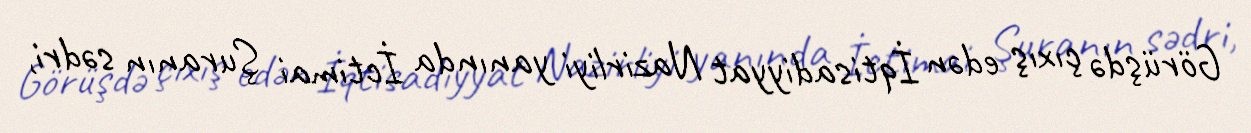
Görüşdə çıxış edən İqtisadiyyat Nazirliyi yanında İctimai Şuranın sədri,